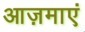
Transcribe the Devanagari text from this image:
आज़माएं